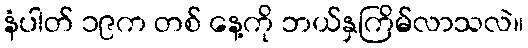
နံပါတ် ၁၉က တစ် နေ့ကို ဘယ်နှကြိမ်လာသလဲ။